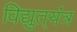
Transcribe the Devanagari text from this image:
विद्युत्‌यंत्र